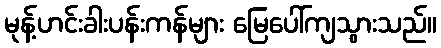
မုန့်ဟင်းခါးပန်းကန်များ မြေပေါ်ကျသွားသည်။